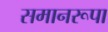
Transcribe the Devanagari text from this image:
समानरूपा